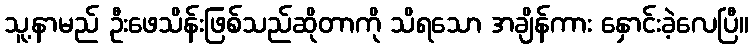
သူ့နာမည် ဦးဖေသိန်းဖြစ်သည်ဆိုတာကို သိရသော အချိန်ကား နှောင်းခဲ့လေပြီ။